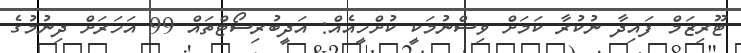
ޓޫރިޒަމް ފައިދާ ނުކުރާ ކަމަށް ވިސްނުމަކީ ކުށްހީއެއް: އަދީބުރިސޯޓްތައް 99 އަހަރަށް ދިނުމުގެ